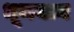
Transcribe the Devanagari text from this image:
धूमयान